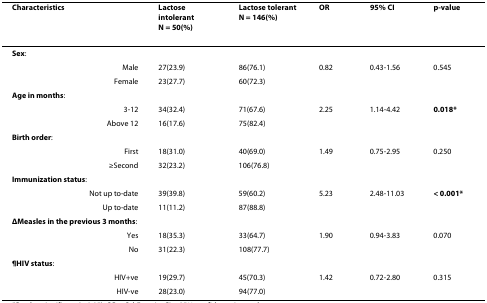
<table><thead><tr><td><b>Characteristics</b></td><td><b>Lactose intolerant N = 50(%)</b></td><td><b>Lactose tolerant N = 146(%)</b></td><td><b>OR</b></td><td><b>95% CI</b></td><td><b>p-value</b></td></tr></thead><tbody><tr><td><b>Sex</b>:</td><td></td><td></td><td></td><td></td><td></td></tr><tr><td>Male</td><td>27(23.9)</td><td>86(76.1)</td><td>0.82</td><td>0.43-1.56</td><td>0.545</td></tr><tr><td>Female</td><td>23(27.7)</td><td>60(72.3)</td><td></td><td></td><td></td></tr><tr><td><b>Age in months</b>:</td><td></td><td></td><td></td><td></td><td></td></tr><tr><td>3-12</td><td>34(32.4)</td><td>71(67.6)</td><td>2.25</td><td>1.14-4.42</td><td><b>0.018*</b></td></tr><tr><td>Above 12</td><td>16(17.6)</td><td>75(82.4)</td><td></td><td></td><td></td></tr><tr><td><b>Birth order</b>:</td><td></td><td></td><td></td><td></td><td></td></tr><tr><td>First</td><td>18(31.0)</td><td>40(69.0)</td><td>1.49</td><td>0.75-2.95</td><td>0.250</td></tr><tr><td>≥Second</td><td>32(23.2)</td><td>106(76.8)</td><td></td><td></td><td></td></tr><tr><td><b>Immunization status</b>:</td><td></td><td></td><td></td><td></td><td></td></tr><tr><td>Not up to-date</td><td>39(39.8)</td><td>59(60.2)</td><td>5.23</td><td>2.48-11.03</td><td><b>&lt; 0.001*</b></td></tr><tr><td>Up to-date</td><td>11(11.2)</td><td>87(88.8)</td><td></td><td></td><td></td></tr><tr><td><b>ΔMeasles in the previous 3 months</b>:</td><td></td><td></td><td></td><td></td><td></td></tr><tr><td>Yes</td><td>18(35.3)</td><td>33(64.7)</td><td>1.90</td><td>0.94-3.83</td><td>0.070</td></tr><tr><td>No</td><td>31(22.3)</td><td>108(77.7)</td><td></td><td></td><td></td></tr><tr><td><b>¶HIV status</b>:</td><td></td><td></td><td></td><td></td><td></td></tr><tr><td>HIV+ve</td><td>19(29.7)</td><td>45(70.3)</td><td>1.42</td><td>0.72-2.80</td><td>0.315</td></tr><tr><td>HIV-ve</td><td>28(23.0)</td><td>94(77.0)</td><td></td><td></td><td></td></tr></tbody></table>